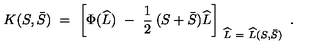
K ( S , \bar { S } ) \ = \ \left[ \Phi ( \widehat L ) \ - \ \frac { 1 } { 2 } \: ( S + \bar { S } ) \widehat L \right] _ { \ \widehat L \ = \ \widehat L ( S , \bar { S } ) } \ .